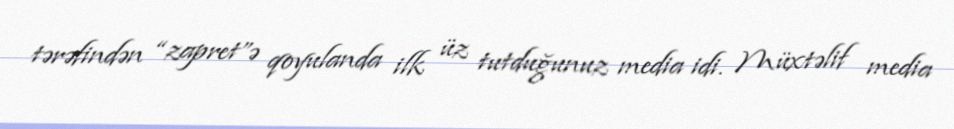
tərəfindən “zapret”ə qoyulanda ilk üz tutduğunuz media idi. Müxtəlif media